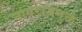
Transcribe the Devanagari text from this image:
नागराजमुळे